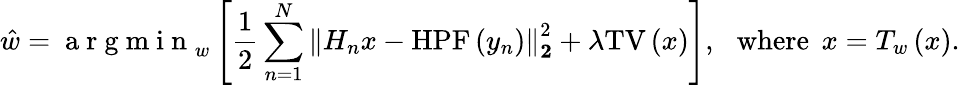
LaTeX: \hat{w}=\mathrm{~a~r~g~m~i~n~}_{w}\left[\frac{1}{2}\sum_{n=1}^{N}\left\lVert H_{n}x-\mathrm{HPF}\left(y_{n}\right)\right\rVert_{\mathbf{2}}^{2}+\lambda\mathrm{TV}\left(x\right)\right],\: \: \: \mathrm{where}\: \: x=T_{w}\left(x\right).